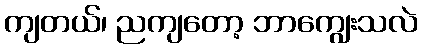
ကျတယ်၊ ညကျတော့ ဘာကျွေးသလဲ